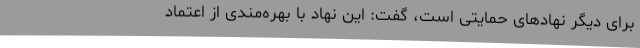
برای دیگر نهادهای حمایتی است، گفت: این نهاد با بهره‌مندی از اعتماد